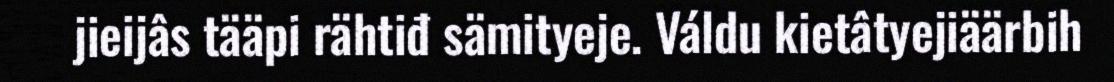
jieijâs tääpi rähtiđ sämityeje. Váldu kietâtyejiäärbih